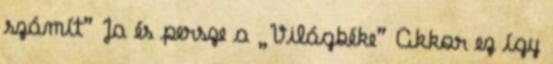
számít” Ja és persze a „Világbéke” Akkor ez így